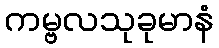
ကမ္ဗလသုခုမာနံ